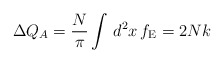
\begin{align*}\Delta Q_{A}=\frac{N}{\pi}\int\, d^{2}x \, f_{\rm E}=2Nk\end{align*}